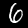
Label: 6